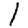
Digit: 1